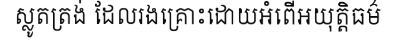
ស្លូតត្រង់ ដែលរងគ្រោះដោយអំពើអយុត្តិធម៌